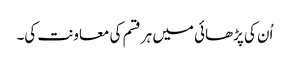
اُن کی پڑھائی میں ہر قسم کی معاونت کی۔